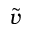
\tilde { v }